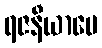
ရဇနီယာပေ